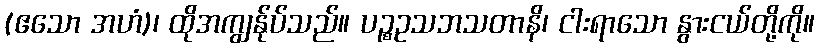
(ဧသော အဟံ)၊ ထိုအကျွန်ုပ်သည်။ ပဉ္စဥသဘသတာနိ၊ ငါးရာသော နွားငယ်တို့ကို။